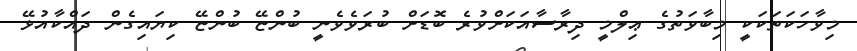
މިވާހަކަތަކަކީ މިބާވަތުގެ ޢިލްމީ ދިރާސާއަކަށްވުރެ ބޮޑަށް ބުރަވެވެނީ ބުންޏޭ ބުންޏޭ ކިޔައިގެން ދައްކާއުޅޭ